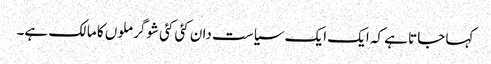
کہا جاتا ہے کہ ایک ایک سیاست دان کئی کئی شوگر ملوں کا مالک ہے۔